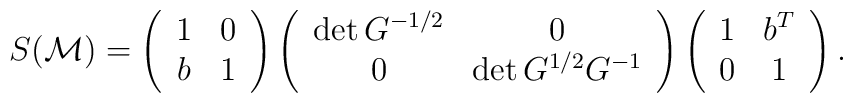
S({\cal M}) = \left(\begin{array}{cc}1 & 0 \\  b  & 1\end{array}\right)\left(\begin{array}{cc}\det G^{-1/2} & 0 \\0 & \det G^{1/2} G^{-1}\end{array}\right)\left(\begin{array}{cc}1 & b^T  \\0 & 1\end{array}\right).